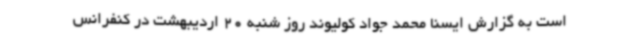
است به گزارش ایسنا محمد جواد کولیوند روز شنبه 20 اردیبهشت در کنفرانس